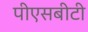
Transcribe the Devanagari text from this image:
पीएसबीटी